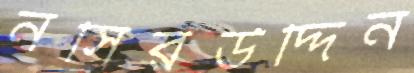
নসিরউদ্দিন